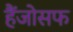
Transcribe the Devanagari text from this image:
हैंजोसफ